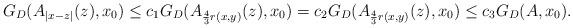
LaTeX: \begin{align*} G_D(A_{|x-z|}(z), x_0) \le c_1 G_D(A_{\frac43 r(x,y)}(z), x_0 )= c_2 G_D(A_{\frac43 r(x,y)}(z), x_0 ) \le c_3 G_D(A, x_0).\end{align*}